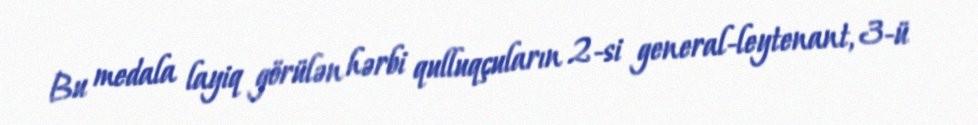
Bu medala layiq görülən hərbi qulluqçuların 2-si general-leytenant, 3-ü